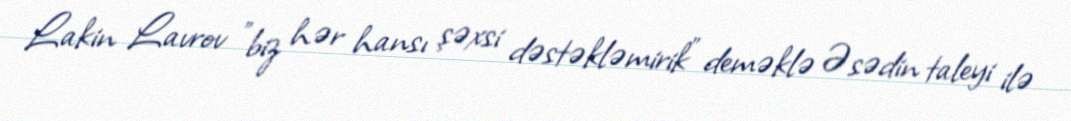
Lakin Lavrov ”biz hər hansı şəxsi dəstəkləmirik" deməklə Əsədin taleyi ilə